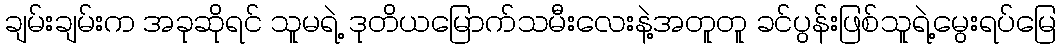
ချမ်းချမ်းက အခုဆိုရင် သူမရဲ့ ဒုတိယမြောက်သမီးလေးနဲ့အတူတူ ခင်ပွန်းဖြစ်သူရဲ့မွေးရပ်မြေ